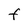
Character: F